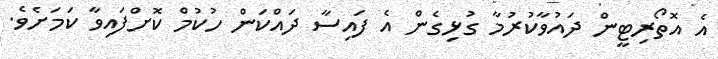
އެ އޮތޯރިޓީން ދައުވާކުރުމާ ގުޅިގެން އެ ފައިސާ ދައްކަން ހުކުމް ކޮށްފައިވާ ކަމަށެވެ.